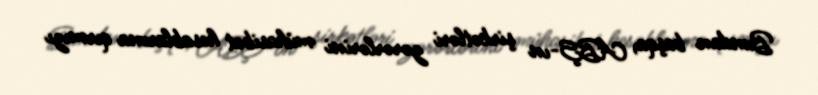
Bundan başqa, ABŞ-ın şirkətləri zərərlərini mühasibat hesablarına qırmızı